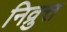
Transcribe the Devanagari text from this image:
निव्रुत्त